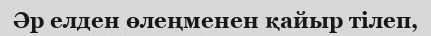
Әр елден өлеңменен қайыр тілеп,